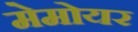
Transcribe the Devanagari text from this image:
मेमोयर